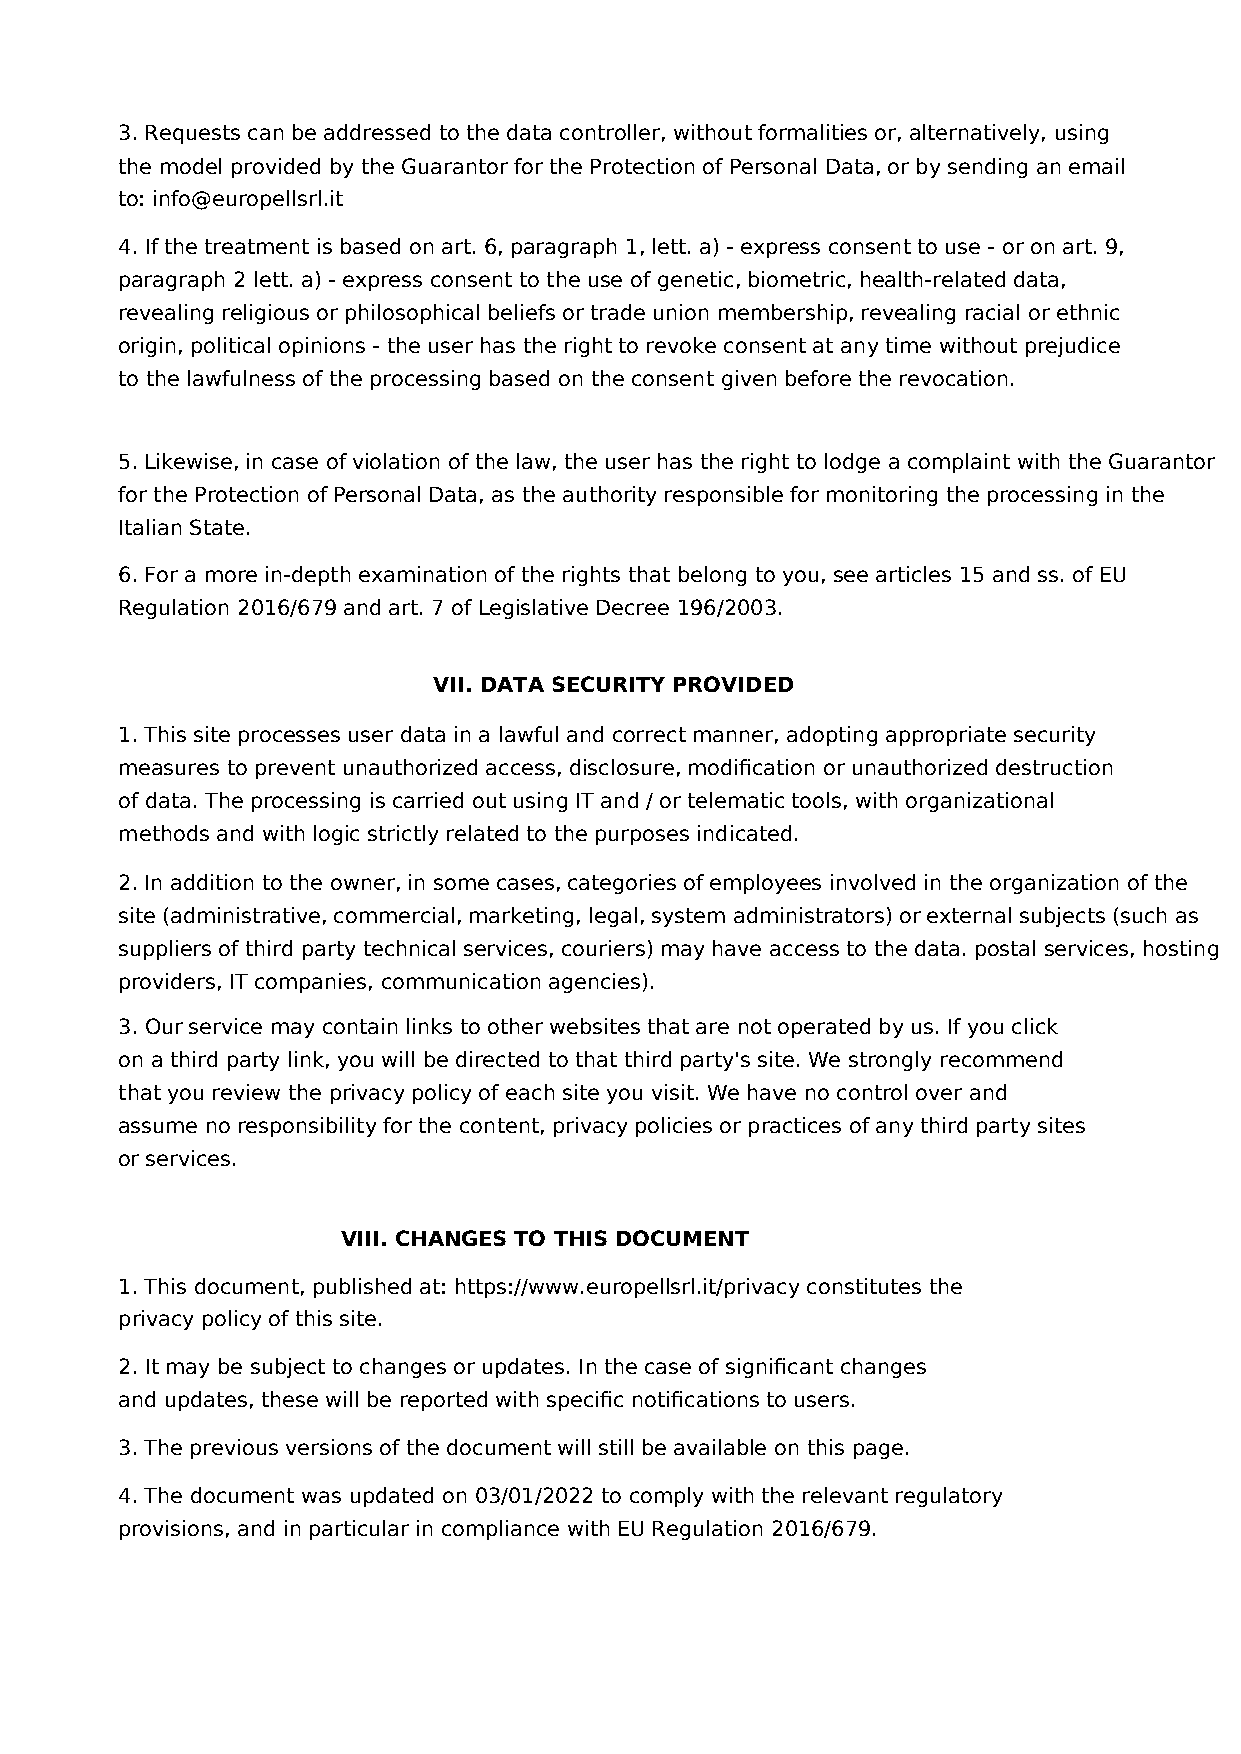
3. Requests can be addressed to the data controller, without formalities or, alternatively, using
 the model provided by the Guarantor for the Protection of Personal Data, or by sending an email
 to: info@europellsrl.it
 4. If the treatment is based on art. 6, paragraph 1, lett. a) - express consent to use - or on art. 9,
 paragraph 2 lett. a) - express consent to the use of genetic, biometric, health-related data,
 revealing religious or philosophical beliefs or trade union membership, revealing racial or ethnic
 origin, political opinions - the user has the right to revoke consent at any time without prejudice
 to the lawfulness of the processing based on the consent given before the revocation.
 5. Likewise, in case of violation of the law, the user has the right to lodge a complaint with the Guarantor
 for the Protection of Personal Data, as the authority responsible for monitoring the processing in the
 Italian State.
 6. For a more in-depth examination of the rights that belong to you, see articles 15 and ss. of EU
 Regulation 2016/679 and art. 7 of Legislative Decree 196/2003.
 VII. DATA SECURITY PROVIDED
 1. This site processes user data in a lawful and correct manner, adopting appropriate security
 measures to prevent unauthorized access, disclosure, modification or unauthorized destruction
 of data. The processing is carried out using IT and / or telematic tools, with organizational
 methods and with logic strictly related to the purposes indicated.
 2. In addition to the owner, in some cases, categories of employees involved in the organization of the
 site (administrative, commercial, marketing, legal, system administrators) or external subjects (such as
 suppliers of third party technical services, couriers) may have access to the data. postal services, hosting
 providers, IT companies, communication agencies).
 3. Our service may contain links to other websites that are not operated by us. If you click
 on a third party link, you will be directed to that third party's site. We strongly recommend
 that you review the privacy policy of each site you visit. We have no control over and
 assume no responsibility for the content, privacy policies or practices of any third party sites
 or services.
 VIII. CHANGES TO THIS DOCUMENT
 1. This document, published at: https://www.europellsrl.it/privacy constitutes the
 privacy policy of this site.
 2. It may be subject to changes or updates. In the case of significant changes
 and updates, these will be reported with specific notifications to users.
 3. The previous versions of the document will still be available on this page.
 4. The document was updated on 03/01/2022 to comply with the relevant regulatory
 provisions, and in particular in compliance with EU Regulation 2016/679.